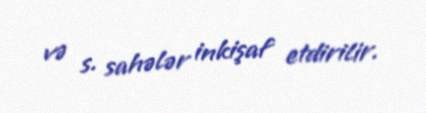
və s. sahələr inkişaf etdirilir.